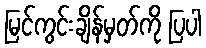
မြင်ကွင်းချိန်မှတ်ကို ပြပါ